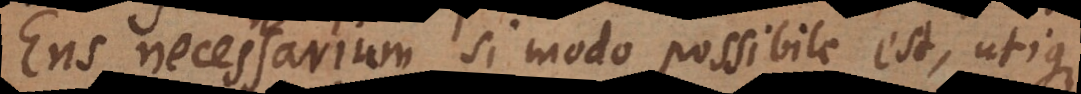
Ens necessarium, si modo possibile est, utique